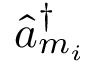
\hat { a } _ { m _ { i } } ^ { \dag }